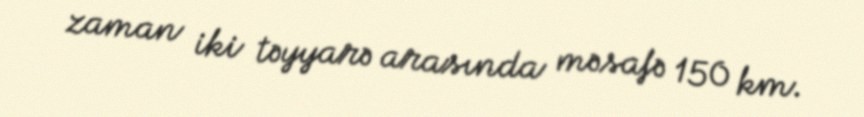
zaman iki təyyarə arasında məsafə 150 km.